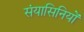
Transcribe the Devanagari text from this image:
संयासिनियों